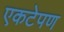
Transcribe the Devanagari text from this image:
एकटेपण